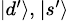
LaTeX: \scriptstyle{|d^{\prime}\rangle,\ |s^{\prime}\rangle}